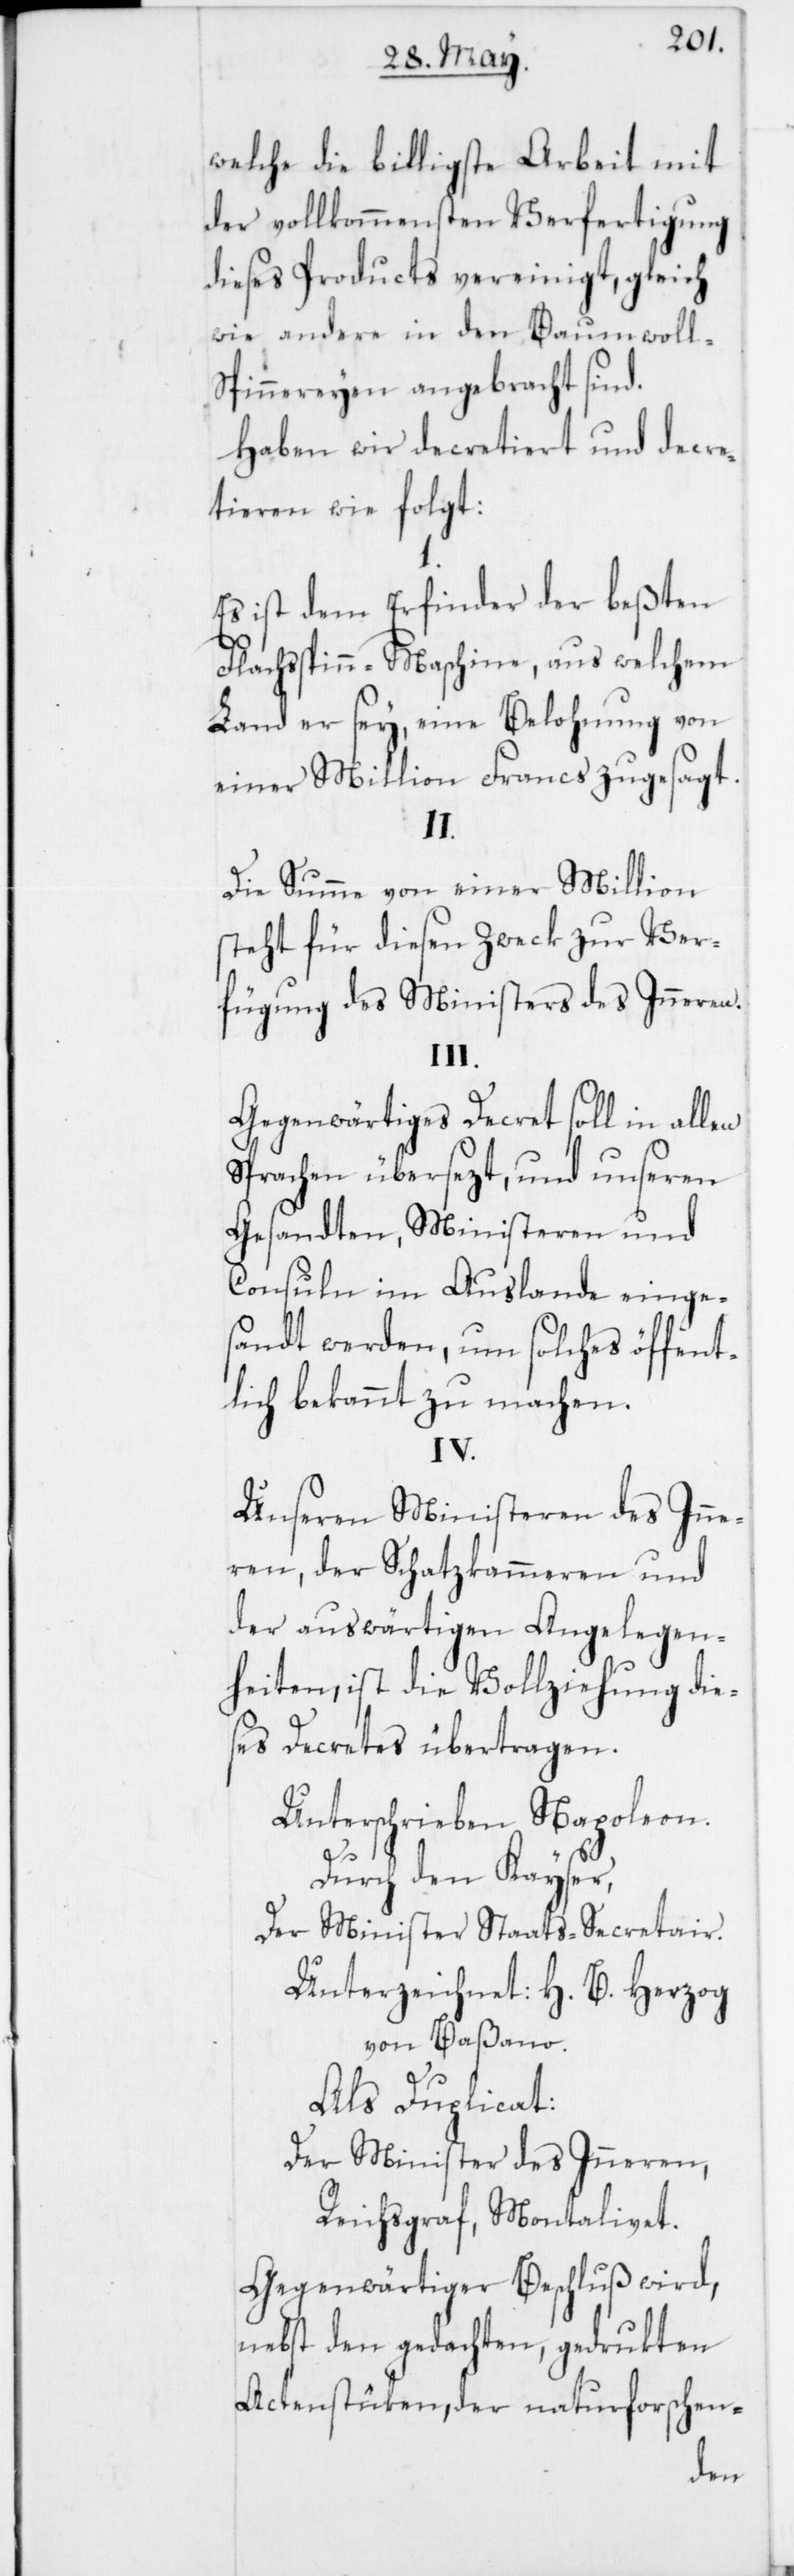
welche die billigste Arbeit mit
der vollkommensten Verfertigung
dieses Products vereinigt, gleich
wie andere in den Baumwoll-S¬
pinnereyen angebracht sind.
Haben wir decretiert und decre¬
tieren wie folgt:
Es ist dem Erfinder der beßten
Flachsspinn-Maschine, aus welchem
Land er sey, eine Belohnung von
einer Million Francs zugesagt.
II.
Die Summe von einer Million
steht für diesen Zweck zur Ver¬
fügung des Ministers des Inneren.
III.
Gegenwärtiges Decret soll in allen
Sprachen übersezt, und unseren
Gesandten, Ministeren und
Consuln im Auslande einge¬
sandt werden, um solches öffent¬
lich bekannt zu machen.
n-
Unseren Ministeren des Inne¬
ren, der Schatzkammeren und
der auswärtigen Angelegen¬
heiten, ist die Vollziehung die¬
ses Decrets übertragen.
Unterschrieben Napoleon.
Durch den Kayser,
Der Minister Staats-Secretair.
Unterzeichnet: H. B. Herzog
von Baßano.
Als Duplicat:
Der Minister des Inneren,
Reichsgraf Montalivet.
Gegenwärtiger Beschluß wird,
nebst den gedachten, gedrukten
Actenstüken, der naturforsche¬